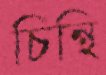
চিন্থি